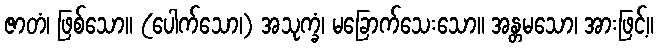
ဇာတံ၊ ဖြစ်သော။ (ပေါက်သော၊) အသုက္ခံ၊ မခြောက်သေးသော။ အန္တမသော၊ အားဖြင့်။